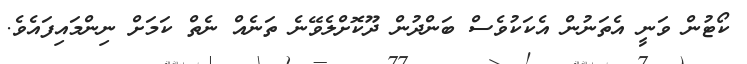
ކޯޓުން ވަނީ އެތަނުން އެކަކުވެސް ބަންދުން ދޫކޮށްލެވޭނެ ތަނެއް ނެތް ކަމަށް ނިންމައިފައެވެ.